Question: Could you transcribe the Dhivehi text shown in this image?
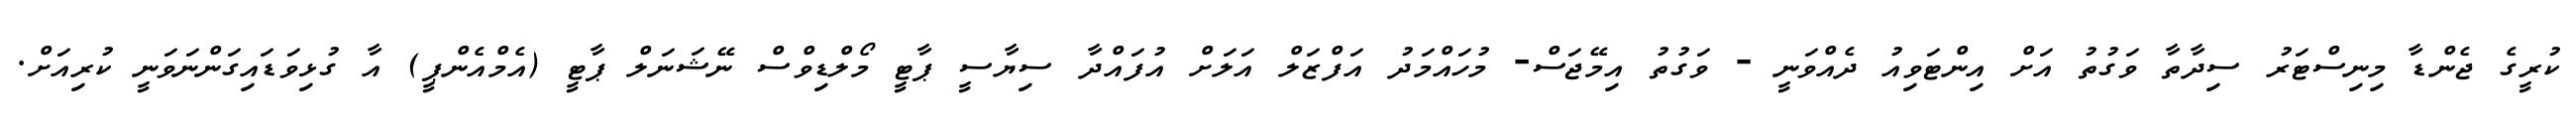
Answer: ކުރީގެ ޖެންޑާ މިނިސްޓަރު ސިދާތާ ވަގުތު އަށް އިންޓަވިއު ދެއްވަނީ - ވަގުތު އިމޭޖަސް- މުހައްމަދު އަފްޒަލް އަލަށް އުފައްދާ ސިޔާސީ ޕާޓީ މޯލްޑިވްސް ނޭޝަނަލް ޕާޓީ (އެމްއެންޕީ) އާ ގުޅިވަޑައިގަންނަވަނީ ކުރިއަށް.